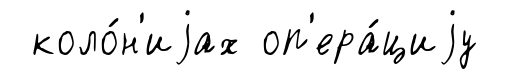
коло́н'иjах оп'ера́циjу